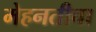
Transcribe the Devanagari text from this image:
मेहनतीचा